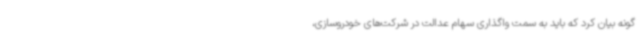
گونه بیان کرد که باید به سمت واگذاری سهام عدالت در شرکت‌های خودروسازی،